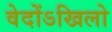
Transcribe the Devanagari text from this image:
वेदोंऽखिलो